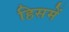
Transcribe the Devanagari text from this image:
हिसमें